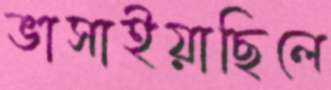
ভাসাইয়াছিলে